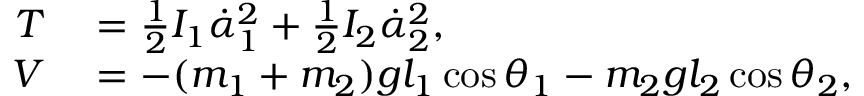
\begin{array} { r l } { T } & { { } = \frac { 1 } { 2 } I _ { 1 } \dot { \alpha } _ { 1 } ^ { 2 } + \frac { 1 } { 2 } I _ { 2 } \dot { \alpha } _ { 2 } ^ { 2 } , } \\ { V } & { { } = - ( m _ { 1 } + m _ { 2 } ) g l _ { 1 } \cos \theta _ { 1 } - m _ { 2 } g l _ { 2 } \cos \theta _ { 2 } , } \end{array}